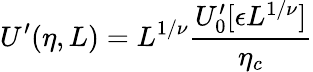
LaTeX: U^{\prime}(\eta,L)=L^{1/\nu}\frac{U_{0}^{\prime}[\epsilon L^{1/\nu}]}{\eta_{c}}